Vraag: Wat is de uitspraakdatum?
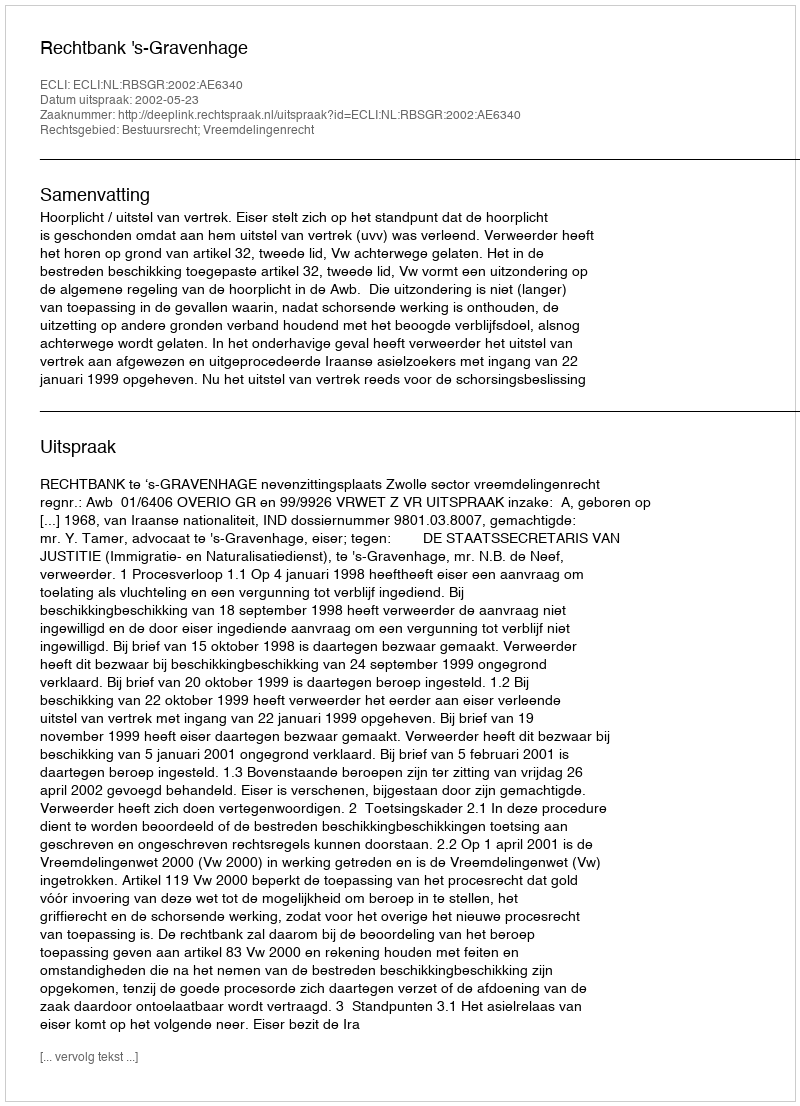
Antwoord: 2002-05-23